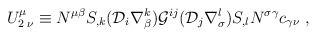
LaTeX: \begin{align*}U^{\mu}_{2\; \nu}\equiv N^{\mu \beta} S_{,k}({\cal D}_i \nabla ^{k}_{\beta}){\cal G}^{ij}({\cal D}_j \nabla^{l}_{\sigma})S_{,l} N^{\sigma \gamma }c_{\gamma \nu} \;,\end{align*}